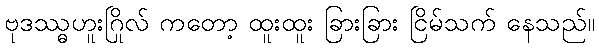
ဗုဒဿ္ဓဟူးဂြိုလ် ကတော့ ထူးထူး ခြားခြား ငြိမ်သက် နေသည်။